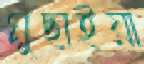
মুছাইয়া